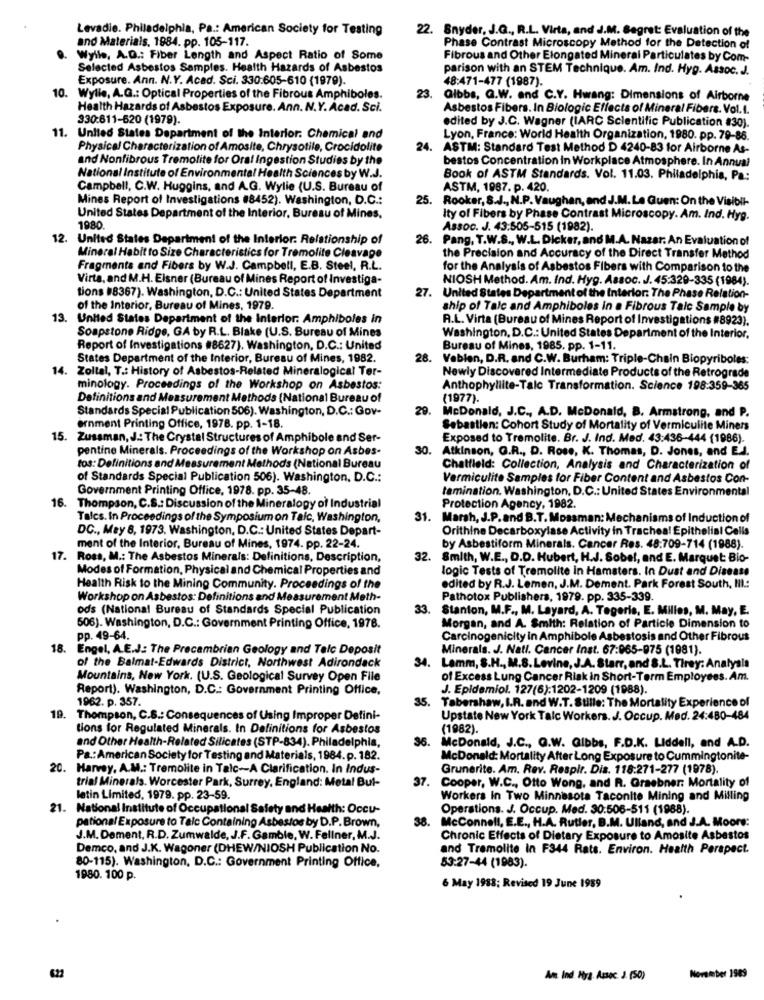
Levadie. Philadelphia, Pa .: American Society for Testing
22. Snyder, J.G ., R.L. Virta, and J.M. Begret: Evaluation of the
and Materials, 1984. pp. 105-117.
Phase Contrast Microscopy Method for the Detection of
Wylle, A.Q .: Fiber Length and Aspect Ratio of Some
Fibrous and Other Elongated Mineral Particulates by Com-
Selected Asbestos Samples. Health Hazards of Asbestos
parison with an STEM Technique. Am. Ind. Hyg. Assoc. J.
Exposure. Ann. N.Y. Acad. Sci. 330:605-610 (1979).
48:471-477 (1987).
10.
Wylle, A.G .: Optical Properties of the Fibrous Amphiboles.
23.
Gibbs, Q.W. and C.Y. Hwang: Dimensions of Airborne
Health Hazards of Asbestos Exposure. Ann. N.Y. Acad. Sci.
Asbestos Fibers. In Biologic Effects of Mineral Fibers. Vol.I.
330:611-620 (1979).
edited by J.C. Wagner (IARC Scientific Publication #30).
11. United States Department of the Interior. Chemical and
Lyon, France: World Health Organization, 1980. pp. 79-86.
Physical Characterization of Amosite, Chrysotile, Crocidolite
24.
ASTM: Standard Test Method D 4240-83 for Airborne As-
and Nonfibrous Tremolite for Oral Ingestion Studies by the
bestos Concentration in Workplace Atmosphere. In Annual
National Institute of Environmental Health Sciences by W.J.
Book of ASTM Standards. Vol. 11.03. Philadelphia, Pa:
Campbell, C.W. Huggins, and A.G. Wylie (U.S. Bureau of
ASTM, 1987. p. 420.
Mines Report of Investigations #8452). Washington, D.C .:
25.
Rooker, S.J ., N.P. Vaughan, and J.M. Le Guen: On the Visibli-
United States Department of the Interior, Bureau of Mines,
Ity of Fibers by Phase Contrast Microscopy. Am. Ind. Hyg.
1980.
Assoc. J. 43:505-515 (1982).
12. United States Department of the Interior. Relationship of
26. Pang, T.W.S ., W.L. Dicker, and M.A. Nazar: An Evaluation of
Mineral Habit to Size Characteristics for Tremolite Cleavage
the Precision and Accuracy of the Direct Transfer Method
Fragments and Fibers by W.J. Campbell, E.B. Steel, R.L.
for the Analysis of Asbestos Fibers with Comparison to the
Virta, and M.H. Eisner (Bureau of Mines Report of Investiga-
NIOSH Method. Am. Ind. Hyg. Assoc. J. 45:329-335 (1984).
tions #8367). Washington, D.C .: United States Department
27. United States Department of the Interior: The Phase Relation-
of the Interior, Bureau of Mines, 1979.
ship of Talc and Amphiboles in a Fibrous Talc Sample by
13. United States Department of the Interior. Amphiboles in
A.L. Virta (Bureau of Mines Report of Investigations #8923).
Soapstone Ridge, GA by R.L. Blake (U.S. Bureau of Mines
Washington, D.C .: United States Department of the Interior.
Report of Investigations #8627). Washington, D.C .: United
Bureau of Mines, 1985. pp. 1-11.
States Department of the Interior, Bureau of Mines, 1982.
28.
Vabien, D.R. and C.W. Burham: Triple-Chain Biopyriboles:
14. Zoltal, T .: History of Asbestos-Related Mineralogical Ter-
Newly Discovered Intermediate Products of the Retrograde
minology. Proceedings of the Workshop on Asbestos:
Anthophyllite-Talc Transformation. Science 198:359-365
Definitions and Measurement Methods (National Bureau of
(1977).
Standards Special Publication 506). Washington, D.C .: Gov-
29.
McDonald, J.C ., A.D. McDonald, B. Armstrong, and P.
ernment Printing Office, 1978. pp. 1-18.
Sebastien: Cohort Study of Mortality of Vermiculite Miners
15. Zussman, J .: The Crystal Structures of Amphibole and Ser-
Exposed to Tremolite. Br. J. Ind. Med. 43:436-444 (1986).
pentine Minerals. Proceedings of the Workshop on Asbes-
30.
Atkinson, G.R ., D. Rose, K. Thomas, D. Jones, and E.J.
tos: Definitions and Measurement Methods (National Bureau
Chatfield: Collection, Analysis and Characterization of
of Standards Special Publication 506). Washington, D.C .:
Vermiculite Samples for Fiber Content and Asbestos Con-
Government Printing Office, 1978. pp. 35-48.
tamination. Washington, D.C .: United States Environmental
16. Thompson, C.S .: Discussion of the Mineralogy of Industrial
Protection Agency, 1982.
Tales. In Proceedings of the Symposium on Talc, Washington,
31.
Marsh, J.P.and B.T. Moasman: Mechanisms of Induction of
DC ., May 8, 1973. Washington, D.C .: United States Depart-
Orithine Decarboxylase Activity in Trachea! Epithelial Cells
ment of the Interior, Bureau of Mines, 1974. pp. 22-24.
by Asbestiform Minerals. Cancer Res. 48:709-714 (1988).
17.
Ross, M .: The Asbestos Minerals: Definitions, Description,
32.
Smith, W.E ., D.D. Hubert, H.J. Sobel, and E. Marquet Bio-
Modes of Formation, Physical and Chemical Properties and
logic Tests of Tremolite in Hamsters. In Dust and Disease
Health Risk to the Mining Community. Proceedings of the
edited by R.J. Lemen, J.M. Dement. Park Forest South, III .:
Workshop on Asbestos: Definitions and Measurement Meth-
Pathotox Publishers, 1979. pp. 335-339.
ods (National Bureau of Standards Special Publication
33.
Stanton, M.F ., M. Layard, A. Tageris, E. Milles, M. May, E.
506). Washington, D.C .: Government Printing Office, 1978.
Morgan, and A. Smith: Relation of Particle Dimension to
pp. 49-64.
Carcinogenicity in Amphibole Asbestosis and Other Fibrous
. Engel, A.E.J: The Precambrian Geology and Telc Deposit
Minerals. J. Nati. Cancer Inst. 67:065-975 (1981).
of the Balmat-Edwards District, Northwest Adirondack
34.
Lamm, S.H ., M.S. Levine, J.A. Starr, and S.L. Tirey: Analysis
Mountains, New York. (U.S. Geological Survey Open File
of Excess Lung Cancer Risk in Short-Term Employees. Am.
Report). Washington, D.C .: Government Printing Office,
J. Epidemiol. 127(6):1202-1209 (1988).
1962. p. 357.
35.
Tabershaw, I.R. and W.T. Stille: The Mortality Experience of
19. Thompson, C.S .: Consequences of Using Improper Defini-
Upstate New York Talc Workers. J. Occup. Med. 24:480-484
tions for Regulated Minerals. In Definitions for Asbestos
(1982).
36.
and Other Health-Related Silicates (STP-834). Philadelphia,
McDonald, J.C ., Q.W. Gibbs, F.D.K. Liddell, and A.D.
Pa .: American Society for Testing and Materials, 1984. p. 182.
McDonald: Mortality After Long Exposure to Cummingtonite-
20.
Harvey, A.M .: Tremolite in Talc -- A Clarification. In Indus-
Grunerite. Am. Rev. Respir. Dis. 118:271-277 (1978).
trial Minerals. Worcester Park, Surrey, England: Metal But-
37.
Cooper, W.C ., Otto Wong, and R. Graebner: Mortality of
letin Limited, 1979. pp. 23-59.
Workers In Two Minnesota Taconite Mining and Milling
21. National Institute of Occupational Safety and Health: Occu-
Operations. J. Occup. Med. 30:506-511 (1988).
pational Exposure to Talc Containing Asbestos by D.P. Brown,
38.
McConnell, E.E ., H.A. Rutler, B.M. Ulland, and J.A. Moore:
J.M. Dement, R.D. Zumwalde, J.F. Gamble, W. Fellner, M.J.
Chronic Effects of Dietary Exposure to Amosite Asbestos
Demco, and J.K. Wagoner (DHEW/NIOSH Publication No.
and Tramolite In F344 Rats. Environ. Health Perspect.
80-115). Washington, D.C .: Government Printing Office,
53:27-44 (1983).
1980. 100 p.
6 May 1988; Revised 19 June 1989
622
An Ind Hira. Assoc .(50)
November 1989